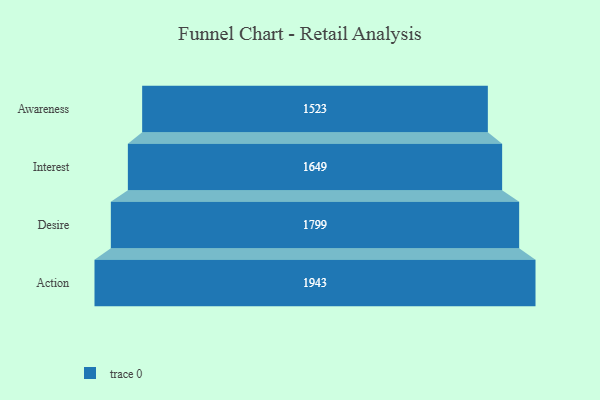
{"axis": {"x": "Stage", "y": "Value"}, "legend": [""], "data": [{"x": "Awareness", "y": 1523.0, "type": ""}, {"x": "Interest", "y": 1649.0, "type": ""}, {"x": "Desire", "y": 1799.0, "type": ""}, {"x": "Action", "y": 1943.0, "type": ""}]}